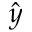
\hat { y }